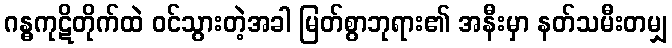
ဂန္ဓကုဋိတိုက်ထဲ ဝင်သွားတဲ့အခါ မြတ်စွာဘုရား၏ အနီးမှာ နတ်သမီးတမျှ